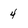
Character: 4